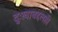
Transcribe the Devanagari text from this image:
दुःखाबद्दलही